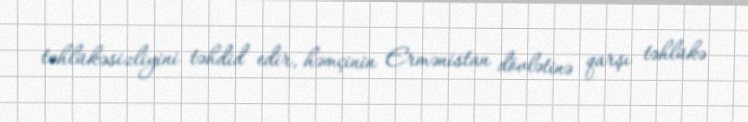
təhlükəsizliyini təhdid edir, həmçinin Ermənistan dövlətinə qarşı təhlükə